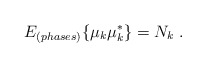
\begin{align*}E_{(phases)} \{\mu_k \mu_k^\ast\} = N_k \;.\end{align*}